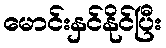
မောင်းနှင်နိုင်ပြီး